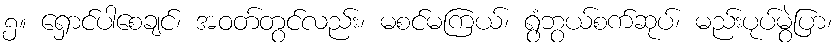
၅။ ရှောင်ပါစေချင်၊ အဝတ်တွင်လည်း၊ မစင်မကြယ်၊ ရွံဘွယ်စက်ဆုပ်၊ မည်းပုပ်မွဲပြာ၊